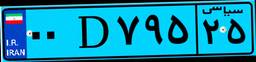
۰۰D۷۹۵۲۵